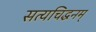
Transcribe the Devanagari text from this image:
सत्यचिद्धनम्